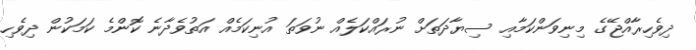
ދިވެހިރާއްޖޭގެ މިނިވަންކަމާއި ސިޔާދަތަށް ނުރައްކަލެއް ނުވަތަ އުނިކަމެއް އަތުވެދާނެ ކޮންމެ ކަމަކުން ދިވެހި